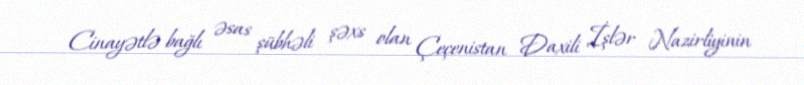
Cinayətlə bağlı əsas şübhəli şəxs olan Çeçenistan Daxili İşlər Nazirliyinin